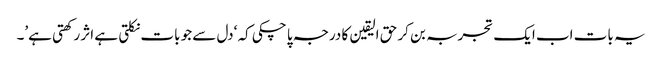
یہ بات اب ایک تجربہ بن کر حق الیقین کا درجہ پا چکی کہ ‘دل سے جو بات نکلتی ہے اثر رکھتی ہے’۔